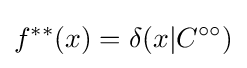
f^{**}(x)=\delta (x|C^{\circ \circ })